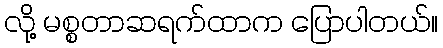
လို့ မစ္စတာဆရက်ထာက ပြောပါတယ်။